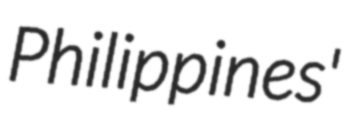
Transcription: Philippines'